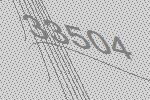
33504